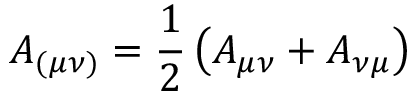
A _ { ( \mu \nu ) } = \frac { 1 } { 2 } \left( A _ { \mu \nu } + A _ { \nu \mu } \right)